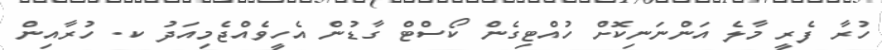
ހުރާ ފެރީ މާލެ އަންނަނިކޮށް ހުއްޓިގެން ކޯސްޓް ގާޑުން އެހީވެއްޖެމިއަދު ކ. ހުރާއިން